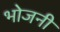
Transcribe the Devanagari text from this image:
भोजनी